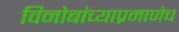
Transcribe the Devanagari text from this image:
विनोबांच्याप्रमाणेच